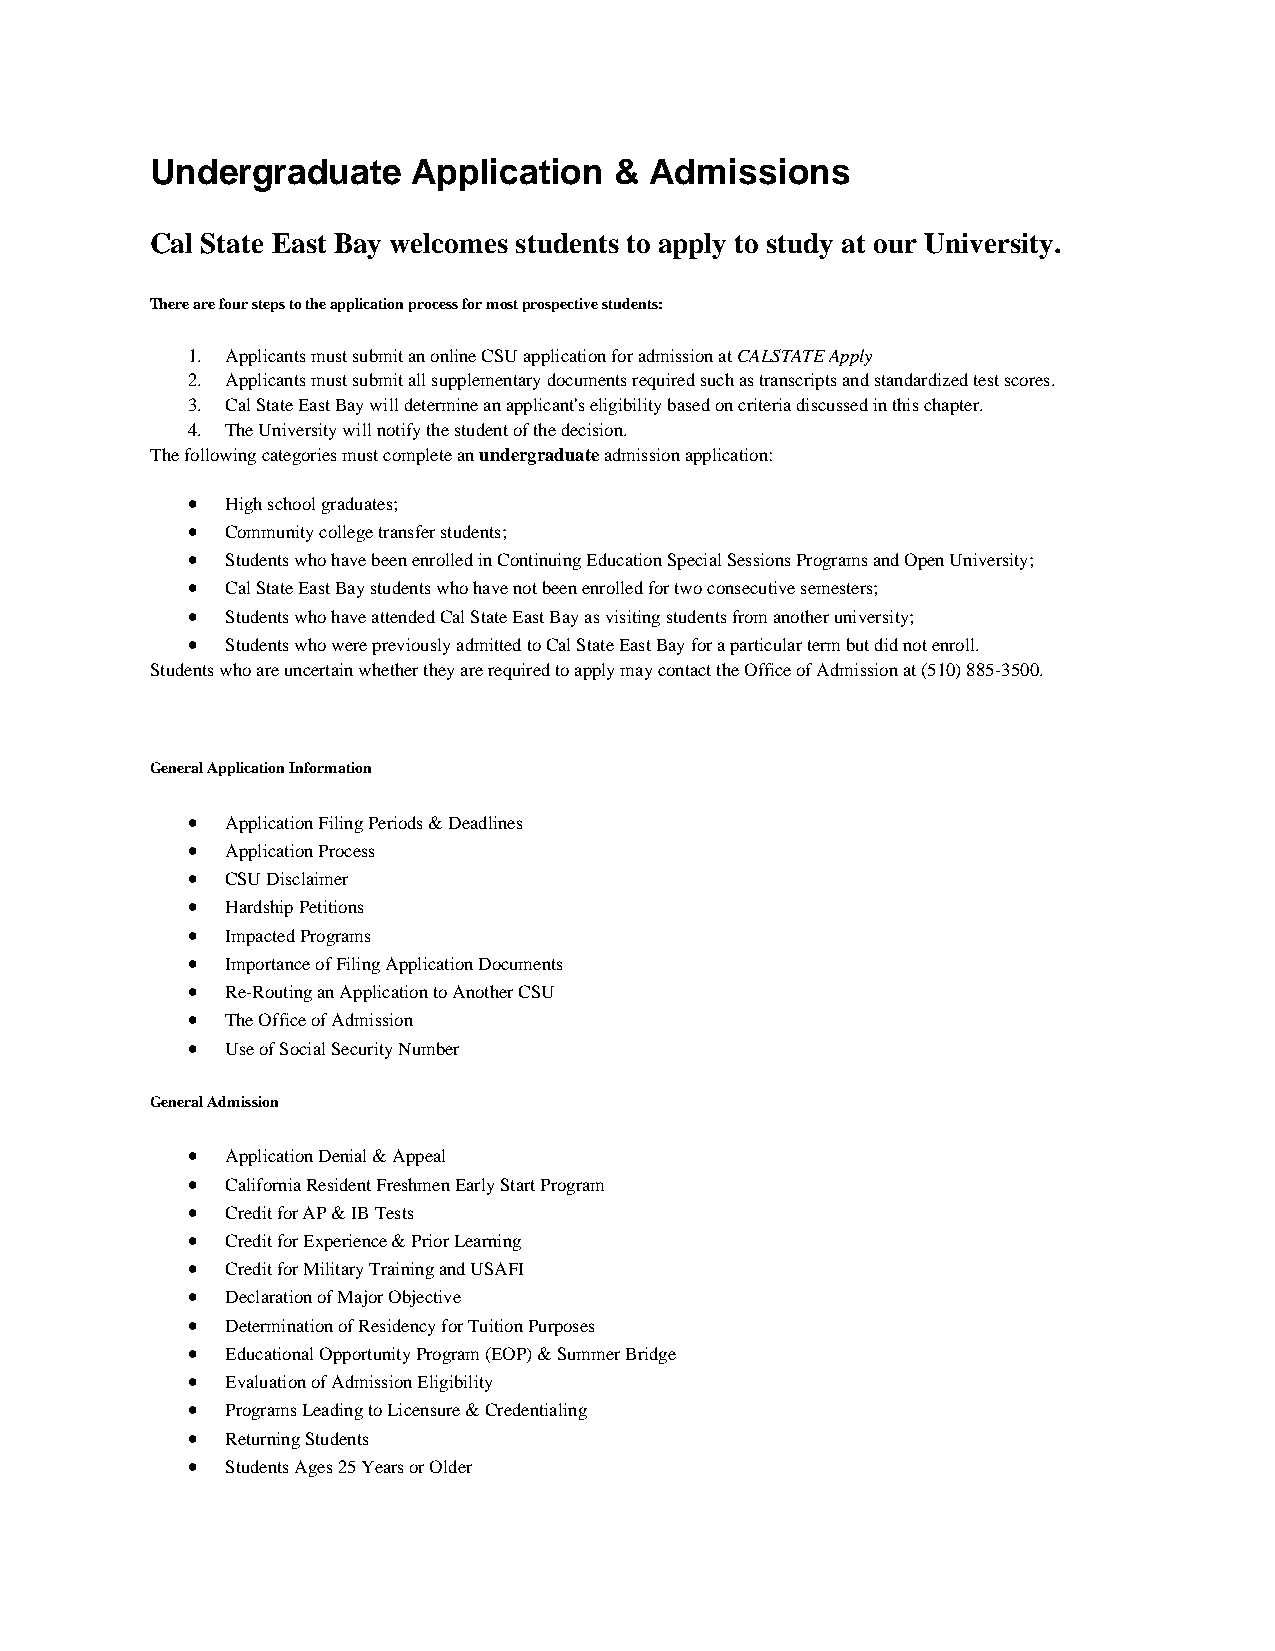
Undergraduate    Application   & Admissions
 Cal State East Bay welcomes students to apply to study at our University.
 There are four steps to the application process for most prospective students:
 1. Applicants must submit an online CSU application for admission at CALSTATE Apply
 2. Applicants must submit all supplementary documents required such as transcripts and standardized test scores.
 3. Cal State East Bay will determine an applicant's eligibility based on criteria discussed in this chapter.
 4. The University will notify the student of the decision.
 The following categories must complete an undergraduate admission application:
 •  High school graduates;
 •  Community college transfer students;
 •  Students who have been enrolled in Continuing Education Special Sessions Programs and Open University;
 •  Cal State East Bay students who have not been enrolled for two consecutive semesters;
 •  Students who have attended Cal State East Bay as visiting students from another university;
 •  Students who were previously admitted to Cal State East Bay for a particular term but did not enroll.
 Students who are uncertain whether they are required to apply may contact the Office of Admission at (510) 885-3500.
 General Application Information
 •  Application Filing Periods & Deadlines
 •  Application Process
 •  CSU Disclaimer
 •  Hardship Petitions
 •  Impacted Programs
 •  Importance of Filing Application Documents
 •  Re-Routing an Application to Another CSU
 •  The Office of Admission
 •  Use of Social Security Number
 General Admission
 •  Application Denial & Appeal
 •  California Resident Freshmen Early Start Program
 •  Credit for AP & IB Tests
 •  Credit for Experience & Prior Learning
 •  Credit for Military Training and USAFI
 •  Declaration of Major Objective
 •  Determination of Residency for Tuition Purposes
 •  Educational Opportunity Program (EOP) & Summer Bridge
 •  Evaluation of Admission Eligibility
 •  Programs Leading to Licensure & Credentialing
 •  Returning Students
 •  Students Ages 25 Years or Older